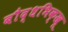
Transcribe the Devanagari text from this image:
बौद्धभिक्खू